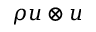
\rho u \otimes u